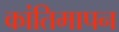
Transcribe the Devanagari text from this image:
कांतिमापन